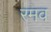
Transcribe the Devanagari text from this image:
रमव